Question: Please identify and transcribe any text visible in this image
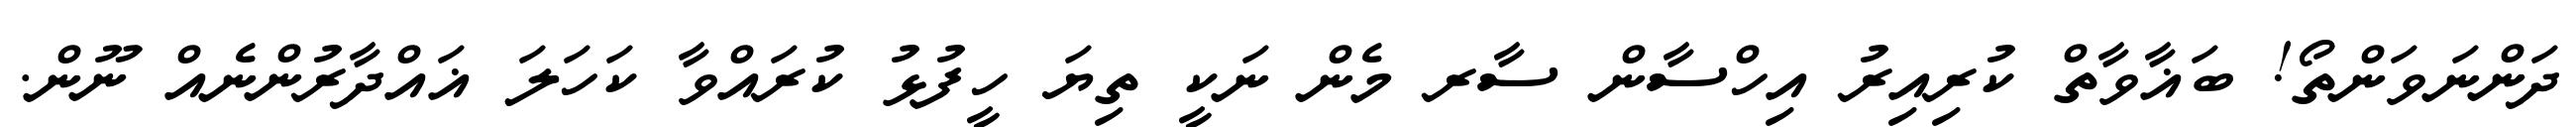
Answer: ދަންނަވަންތޯ! ބަޣާވާތް ކުރިއިރު އިހްސާން ސާރ މެން ނަކީ ތިޔަ ހީފުޅު ކުރައްވާ ކަހަލަ ޣައްދާރުންނެއް ނޫން.